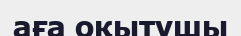
аға оқытушы